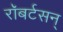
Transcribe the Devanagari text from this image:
रॉबर्टसन्